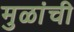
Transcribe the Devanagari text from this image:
मुळांची